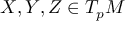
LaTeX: X , Y , Z \in T _ { p } M